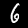
Digit: 6